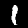
Label: 1